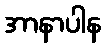
အာနာပါန